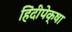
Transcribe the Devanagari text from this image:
हिंदीपेक्षा